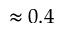
\approx 0 . 4